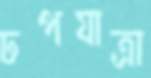
ঢপযাত্রা